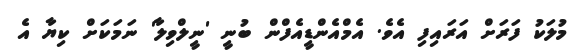
މުލަކު ފަރަށް އަރައިފި އެވެ. އެމްއެންޑީއެފްން ބުނީ 'ނީލްވިލާ' ނަމަކަށް ކިޔާ އެ